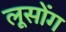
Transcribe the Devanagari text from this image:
लूसोंग